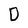
Character: D